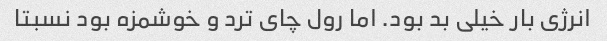
انرژی بار خیلی بد بود. اما رول چای ترد و خوشمزه بود نسبتا